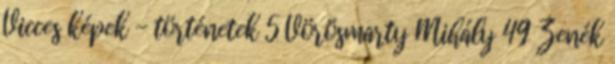
Vicces képek - történetek 5 Vörösmarty Mihály 49 Zenék